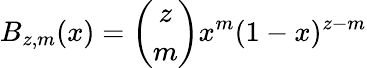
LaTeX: B_{z,m}(x)=\binom{z}{m}x^{m}(1-x)^{z-m}